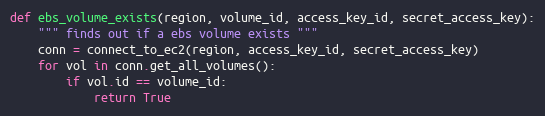
Language: Python
def ebs_volume_exists(region, volume_id, access_key_id, secret_access_key):
    """ finds out if a ebs volume exists """
    conn = connect_to_ec2(region, access_key_id, secret_access_key)
    for vol in conn.get_all_volumes():
        if vol.id == volume_id:
            return True